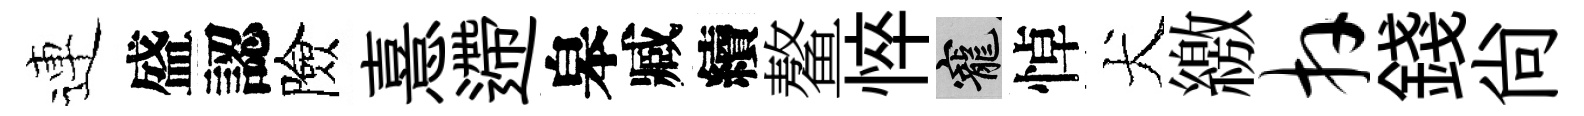
連盛認險憙遰皋臧續鳌悴寵悼犬繳卉錢尚